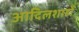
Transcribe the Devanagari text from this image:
आदिलशाहों